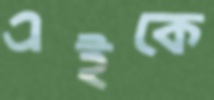
এইকে